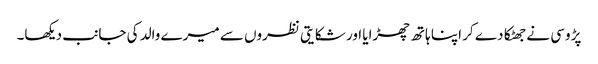
پڑوسی نے جھٹکا دے کر اپنا ہاتھ چھڑایا اور شکایتی نظروں سے میرے والد کی جانب دیکھا۔